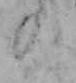
の